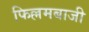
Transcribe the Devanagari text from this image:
फिल्लमबाजी